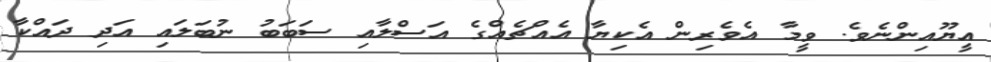
އީޔޫއިންނެވެ. ވީމާ އެވެރިން އެކިޔާ އެއްޗެއްގެ އަސްލާއި ސަބަބު ނުބަލައި އަދި ދައްކާ